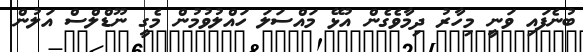
ބުނެފައި ވަނީ މިހާރު ދިމާވެގެން އުޅޭ މައްސަލަ ހައްލުވުމުން މެގީ ނޫޑްލްސް އަލުން